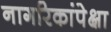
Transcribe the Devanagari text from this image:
नागरिकांपेक्षा